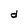
Character: d